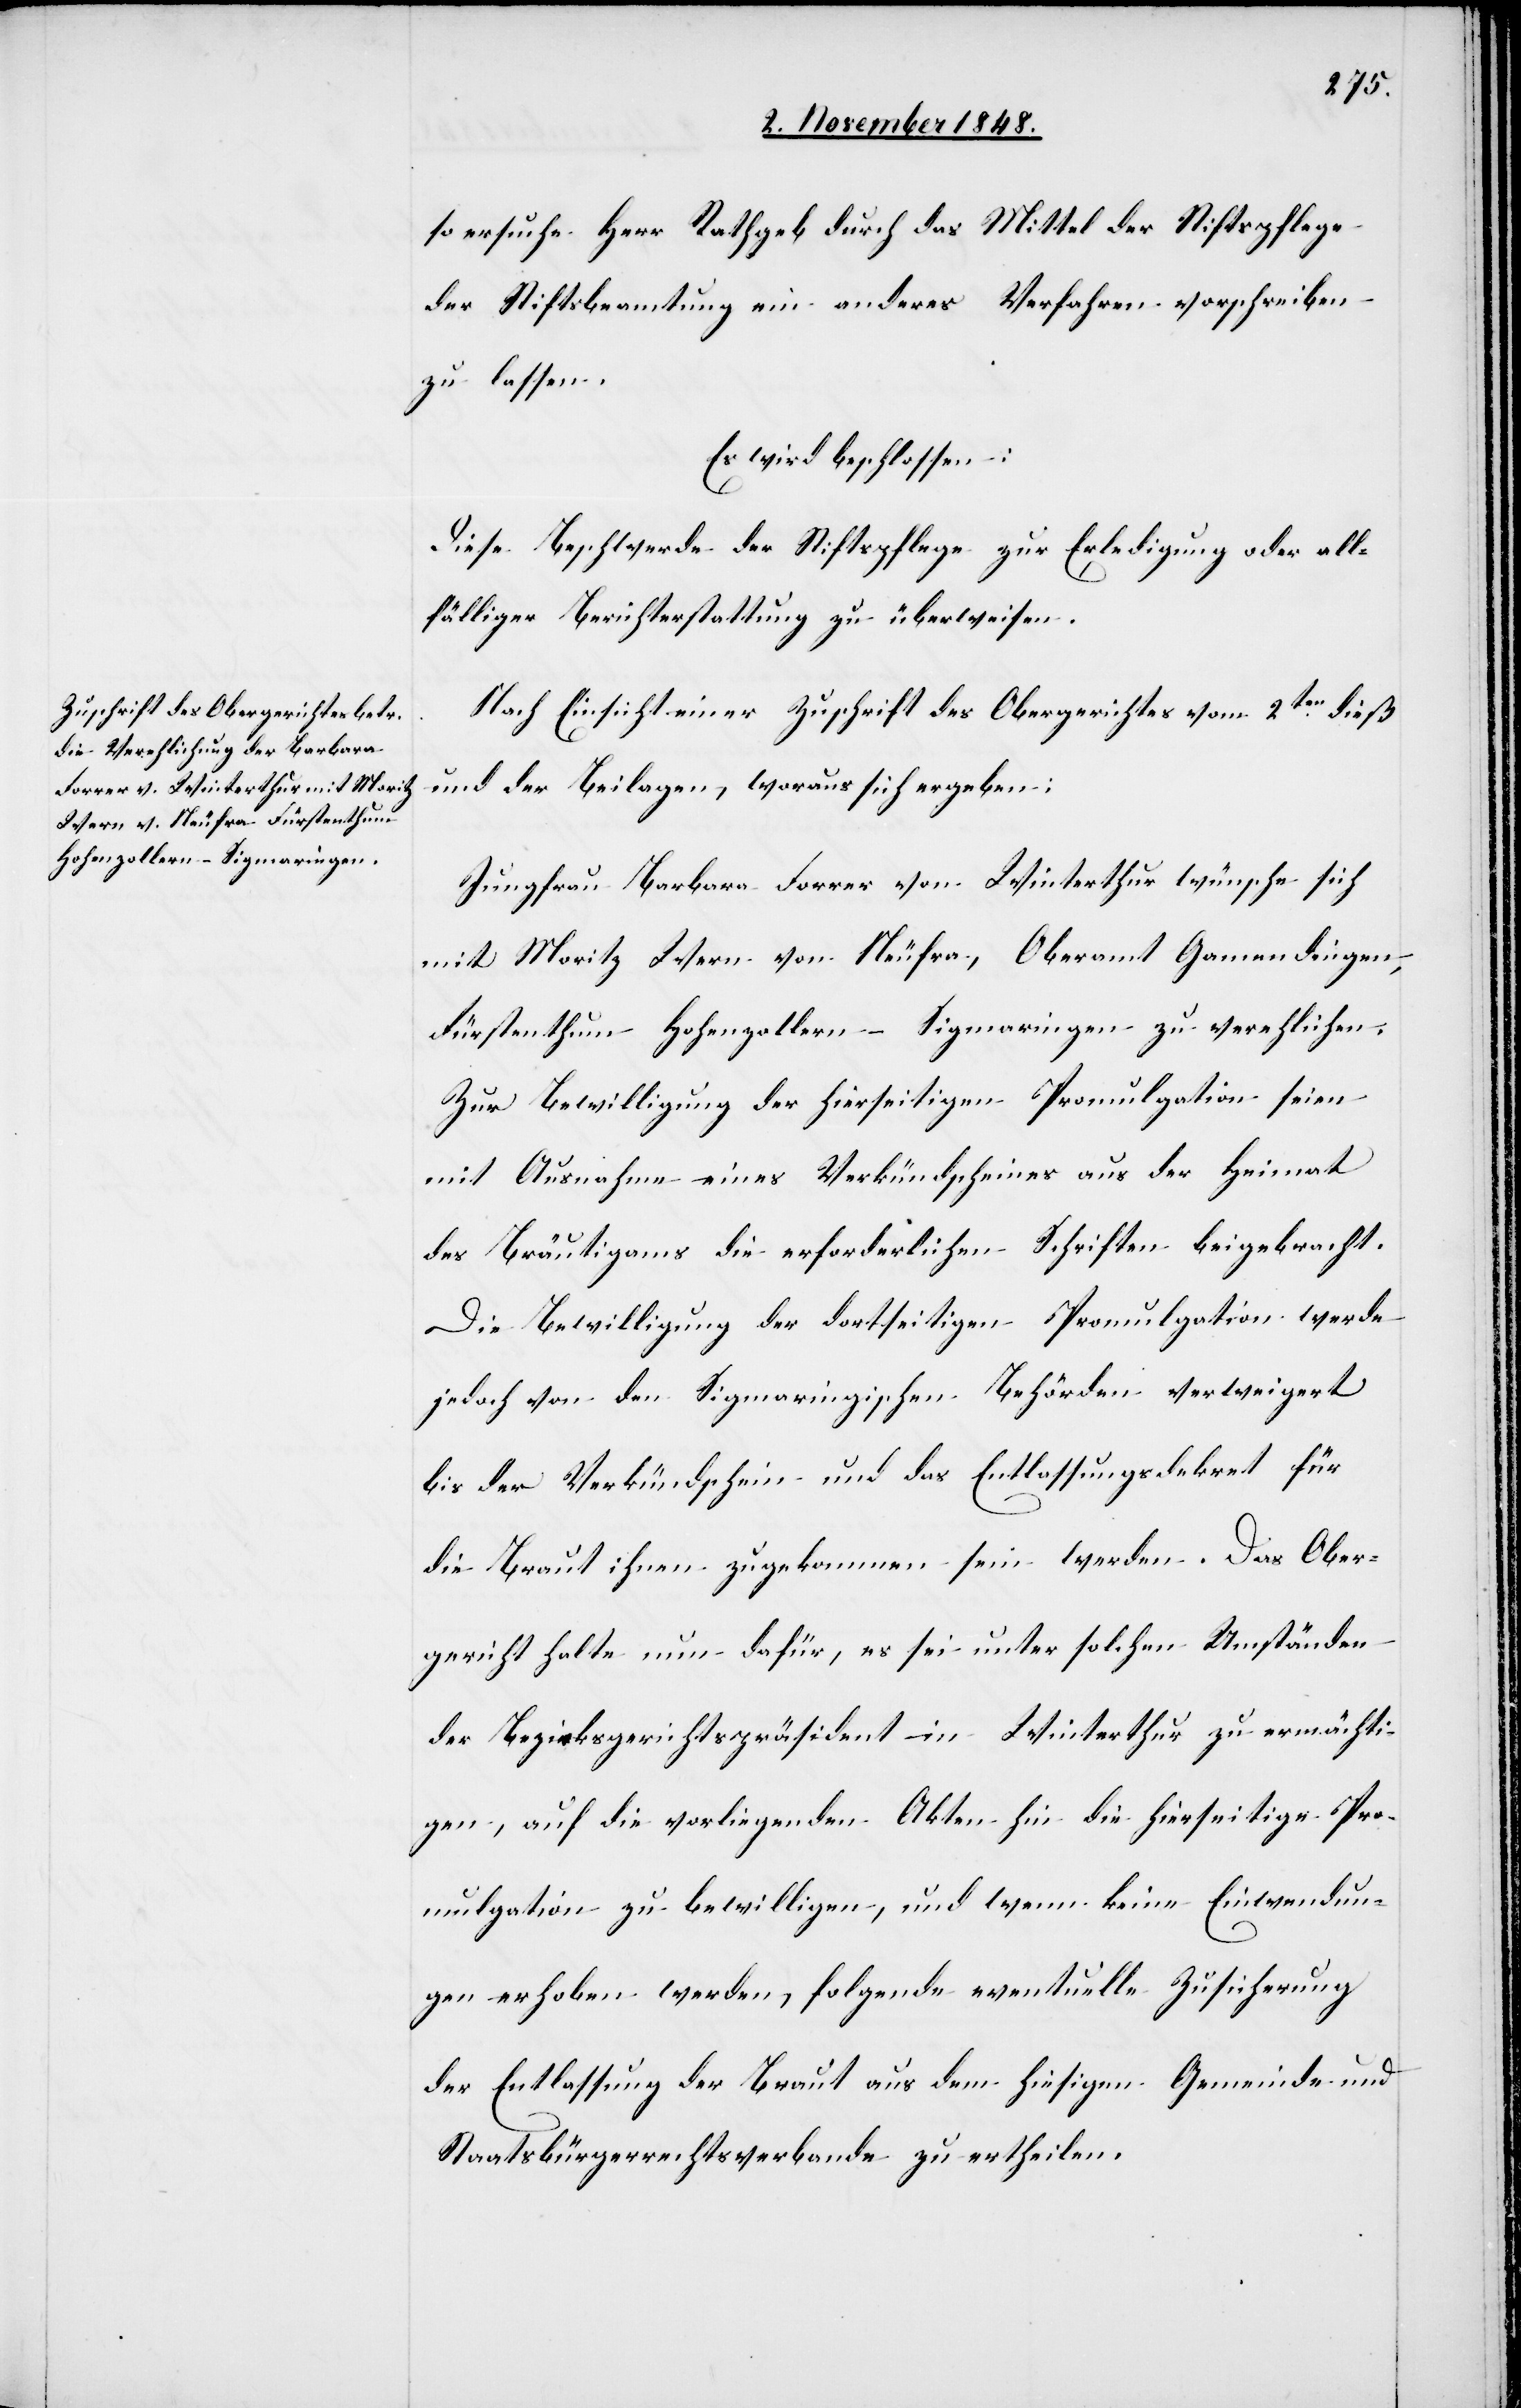
7ten November 1848.]
so ersuche Herr Rathgeb durch das Mittel der Stiftspflege
der Stiftsbeamtung ein anderes Verfahren vorschreiben
zu lassen.
Es wird beschlossen:
Diese Beschwerde der Stiftspflege zur Erledigung oder all¬
fälliger Berichterstattung zu überweisen.
Nach Einsicht einer Zuschrift des Obergerichtes vom 2ten dieß
und der Beilagen, woraus sich ergeben:
Jungfrau Barbara Forrer von Winterthur wünsche sich
mit Moritz Wern von Neufra, Oberamt Gamendingen,
Fürstenthum Hohenzollern–Sigmaringen zu verehlichen.
Zur Bewilligung der hierseitigen Promulgation seien
mit Ausnahme eines Verkündscheines aus der Heimat
des Bräutigams die erforderlichen Schriften beigebracht.
Die Bewilligung der dortseitigen Promulgation werde
jedoch von den Sigmaringschen Behörden verweigert
bis der Verkündschein und das Entlassungsdekret für
die Braut ihnen zugekommen sein werden. Das Ober¬
gericht halte nun dafür, es sei unter solchen Umständen
der Bezirksgerichtspräsident in Winterthur zu ermächti¬
gen, auf die vorliegenden Akten hin die hierseitige Pro¬
mulgation zu bewilligen, und wenn keine Einwendun¬
gen erhoben werden, folgende eventuelle Zusicherung
des Entlassung der Braut aus dem hiesigen Gemeinde und
Staatsbürgerrechtsverbande zu ertheilen.